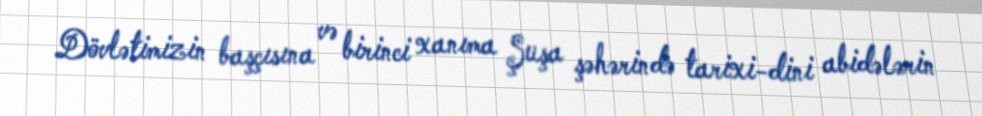
Dövlətimizin başçısına və birinci xanıma Şuşa şəhərində tarixi-dini abidələrin